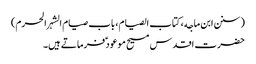
(سنن ابن ماجه، کتاب الصیام، باب صیام الشہر الحرم)
حضرت اقدس مسیح موعود ؑ فرماتے ہیں۔